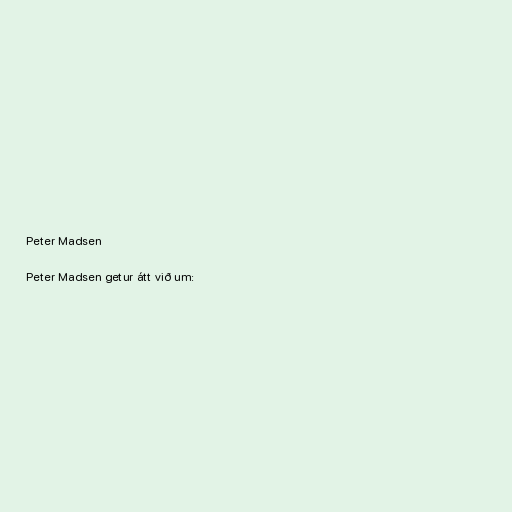
Peter Madsen

Peter Madsen getur átt við um: